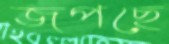
জপছে